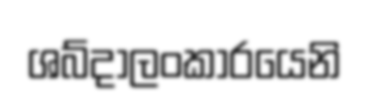
ශබ්දාලංකාරයෙනි